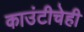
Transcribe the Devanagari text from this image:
काउंटीचेही